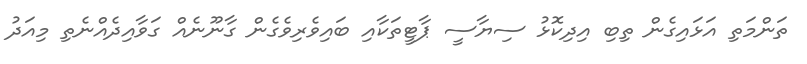
ތަންމަތި އަޅައިގެން ތިބި އިދިކޮޅު ސިޔާސީ ޕާޓީތަކާއި ބައިވެރިވެގެން ގާނޫނެއް ގަވާއިދެއްނެތި މިއަދު